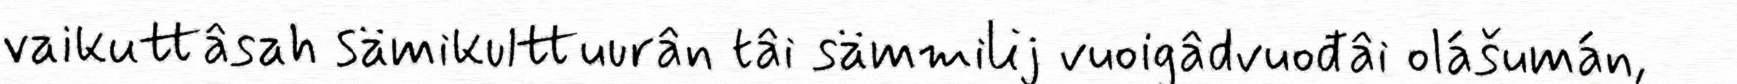
vaikuttâsah sämikulttuurân tâi sämmilij vuoigâdvuođâi olášumán,